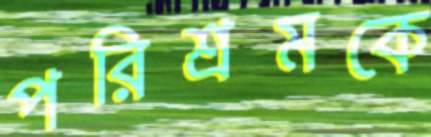
পরিশ্রমকে